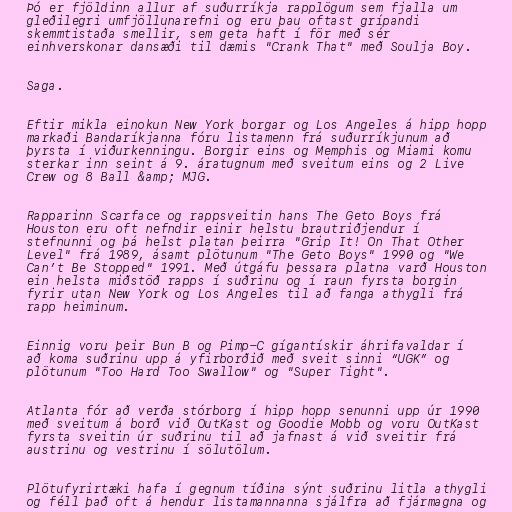
Þó er fjöldinn allur af suðurríkja rapplögum sem fjalla um
gleðilegri umfjöllunarefni og eru þau oftast grípandi
skemmtistaða smellir, sem geta haft í för með sér
einhverskonar dansæði til dæmis "Crank That" með Soulja Boy.

Saga.

Eftir mikla einokun New York borgar og Los Angeles á hipp hopp
markaði Bandaríkjanna fóru listamenn frá suðurríkjunum að
þyrsta í viðurkenningu. Borgir eins og Memphis og Miami komu
sterkar inn seint á 9. áratugnum með sveitum eins og 2 Live
Crew og 8 Ball &amp; MJG.

Rapparinn Scarface og rappsveitin hans The Geto Boys frá
Houston eru oft nefndir einir helstu brautriðjendur í
stefnunni og þá helst platan þeirra "Grip It! On That Other
Level" frá 1989, ásamt plötunum "The Geto Boys" 1990 og "We
Can’t Be Stopped" 1991. Með útgáfu þessara platna varð Houston
ein helsta miðstöð rapps í suðrinu og í raun fyrsta borgin
fyrir utan New York og Los Angeles til að fanga athygli frá
rapp heiminum.

Einnig voru þeir Bun B og Pimp-C gígantískir áhrifavaldar í
að koma suðrinu upp á yfirborðið með sveit sinni “UGK” og
plötunum "Too Hard Too Swallow" og "Super Tight".

Atlanta fór að verða stórborg í hipp hopp senunni upp úr 1990
með sveitum á borð við OutKast og Goodie Mobb og voru OutKast
fyrsta sveitin úr suðrinu til að jafnast á við sveitir frá
austrinu og vestrinu í sölutölum.

Plötufyrirtæki hafa í gegnum tíðina sýnt suðrinu litla athygli
og féll það oft á hendur listamannanna sjálfra að fjármagna og